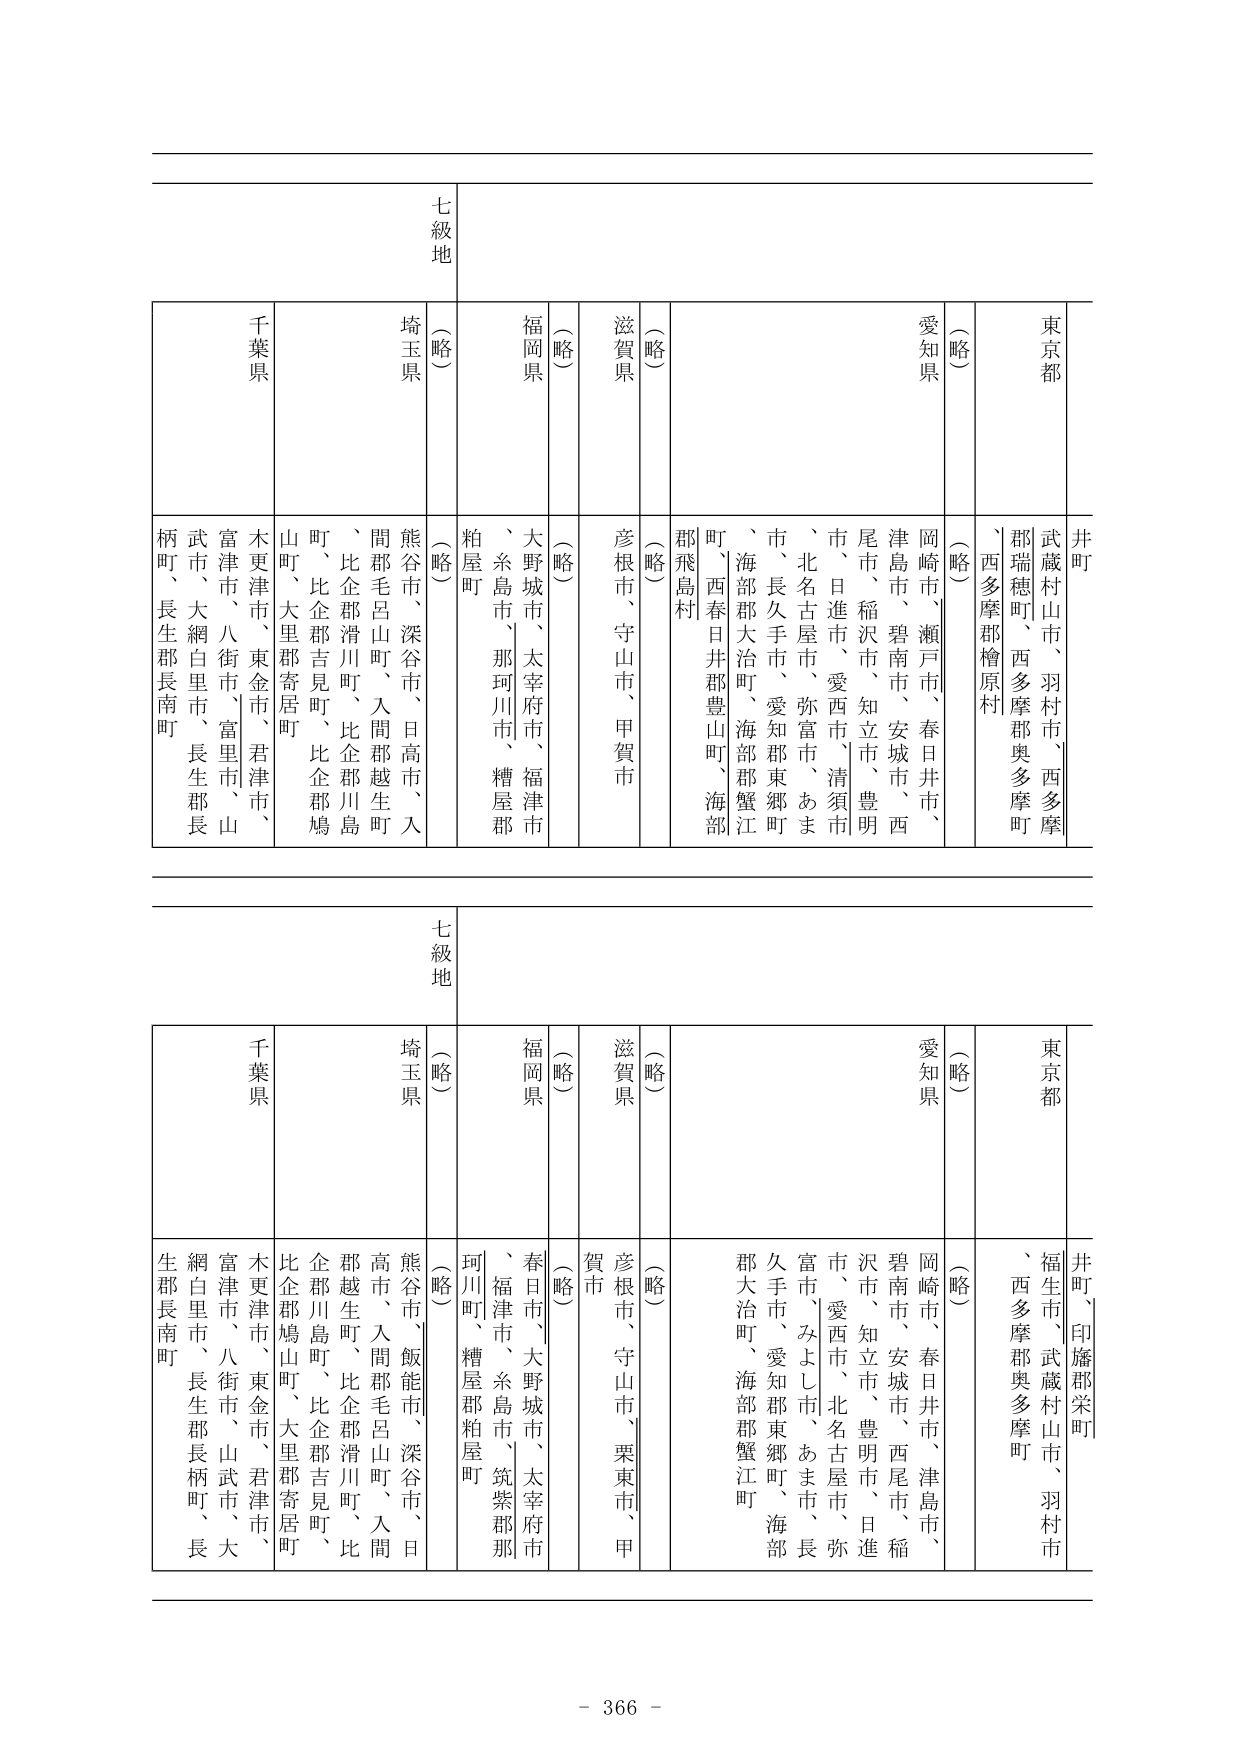
七級地
千葉県
埼玉県
（略）
福岡県
（略）
滋賀県
（略）
愛知県
（略）
東京都
井町
武蔵村山市、羽村市、西多摩
郡瑞穂町、西多摩郡奥多摩町
、西多摩郡檜原村
岡崎市、瀬戸市、春日井市、
津島市、碧南市、安城市、西
尾市、稲沢市、知立市、豊明
市、日進市、愛西市、清須市
、北名古屋市、弥富市、あま
市、長久手市、愛知郡東郷町
、海部郡大治町、海部郡蟹江
町、西春日井郡豊山町、海部
郡飛島村
彦根市、守山市、甲賀市
（略）
大野城市、太宰府市、福津市
、糸島市、那珂川市、糟屋郡
粕屋町
（略）
熊谷市、深谷市、日高市、入
間郡毛呂山町、入間郡越生町
、比企郡滑川町、比企郡川島
町、比企郡吉見町、比企郡鳩
山町、大里郡寄居町
木更津市、東金市、君津市、
富津市、八街市、富里市、山
武市、大網白里市、長生郡長
柄町、長生郡長南町
七級地
千葉県
埼玉県
（略）
福岡県
（略）
滋賀県
（略）
愛知県
（略）
東京都
井町、印旛郡栄町
福生市、武蔵村山市、羽村市
、西多摩郡奥多摩町
岡崎市、春日井市、津島市、
碧南市、安城市、西尾市、稲
沢市、知立市、豊明市、日進
市、愛西市、北名古屋市、弥
富市、みよし市、あま市、長
久手市、愛知郡東郷町、海部
郡大治町、海部郡蟹江町
彦根市、守山市、栗東市、甲
賀市
春日市、大野城市、太宰府市
、福津市、糸島市、筑紫郡那
珂川町、糟屋郡粕屋町
（略）
熊谷市、飯能市、深谷市、日
高市、入間郡毛呂山町、入間
郡越生町、比企郡滑川町、比
企郡川島町、比企郡吉見町、
比企郡鳩山町、大里郡寄居町
木更津市、東金市、君津市、
富津市、八街市、山武市、大
網白里市、長生郡長柄町、長
生郡長南町
- 366 -